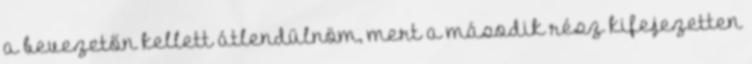
a bevezetőn kellett átlendülnöm, mert a második rész kifejezetten